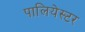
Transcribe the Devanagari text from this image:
पालियेस्टर